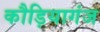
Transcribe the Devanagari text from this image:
कौड़ियागंज